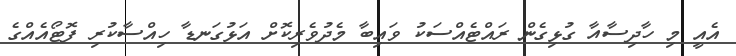
އެއީ މި ހާދިސާއާ ގުޅިގެން ރައްޓެއްސަކު ވައިބާ މެދުވެރިކޮށް އަޅުގަނޑާ ހިއްސާކުރި ފޮޓޯއެއްގެ